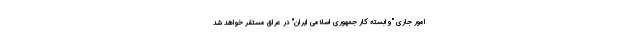
امور جاری "وابسته کار جمهوری اسلامی ایران" در عراق مستقر خواهد شد